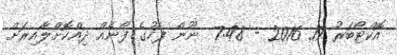
އޮކްޓޯބަރު 19